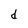
Character: d